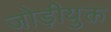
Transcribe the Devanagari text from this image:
जोड़ीयुक्त